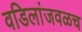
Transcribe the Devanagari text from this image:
वडिलांजवळच